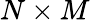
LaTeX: N\times M